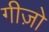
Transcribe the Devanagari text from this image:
गीज़ो